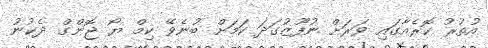
އުތުރު ކޮރެއާގައި ވަރަށް ނުފޫޒުގަދަ ކަމަށް ބުނެވޭ ކިމް ޔޯ ޖޮންގް ދެކުނު